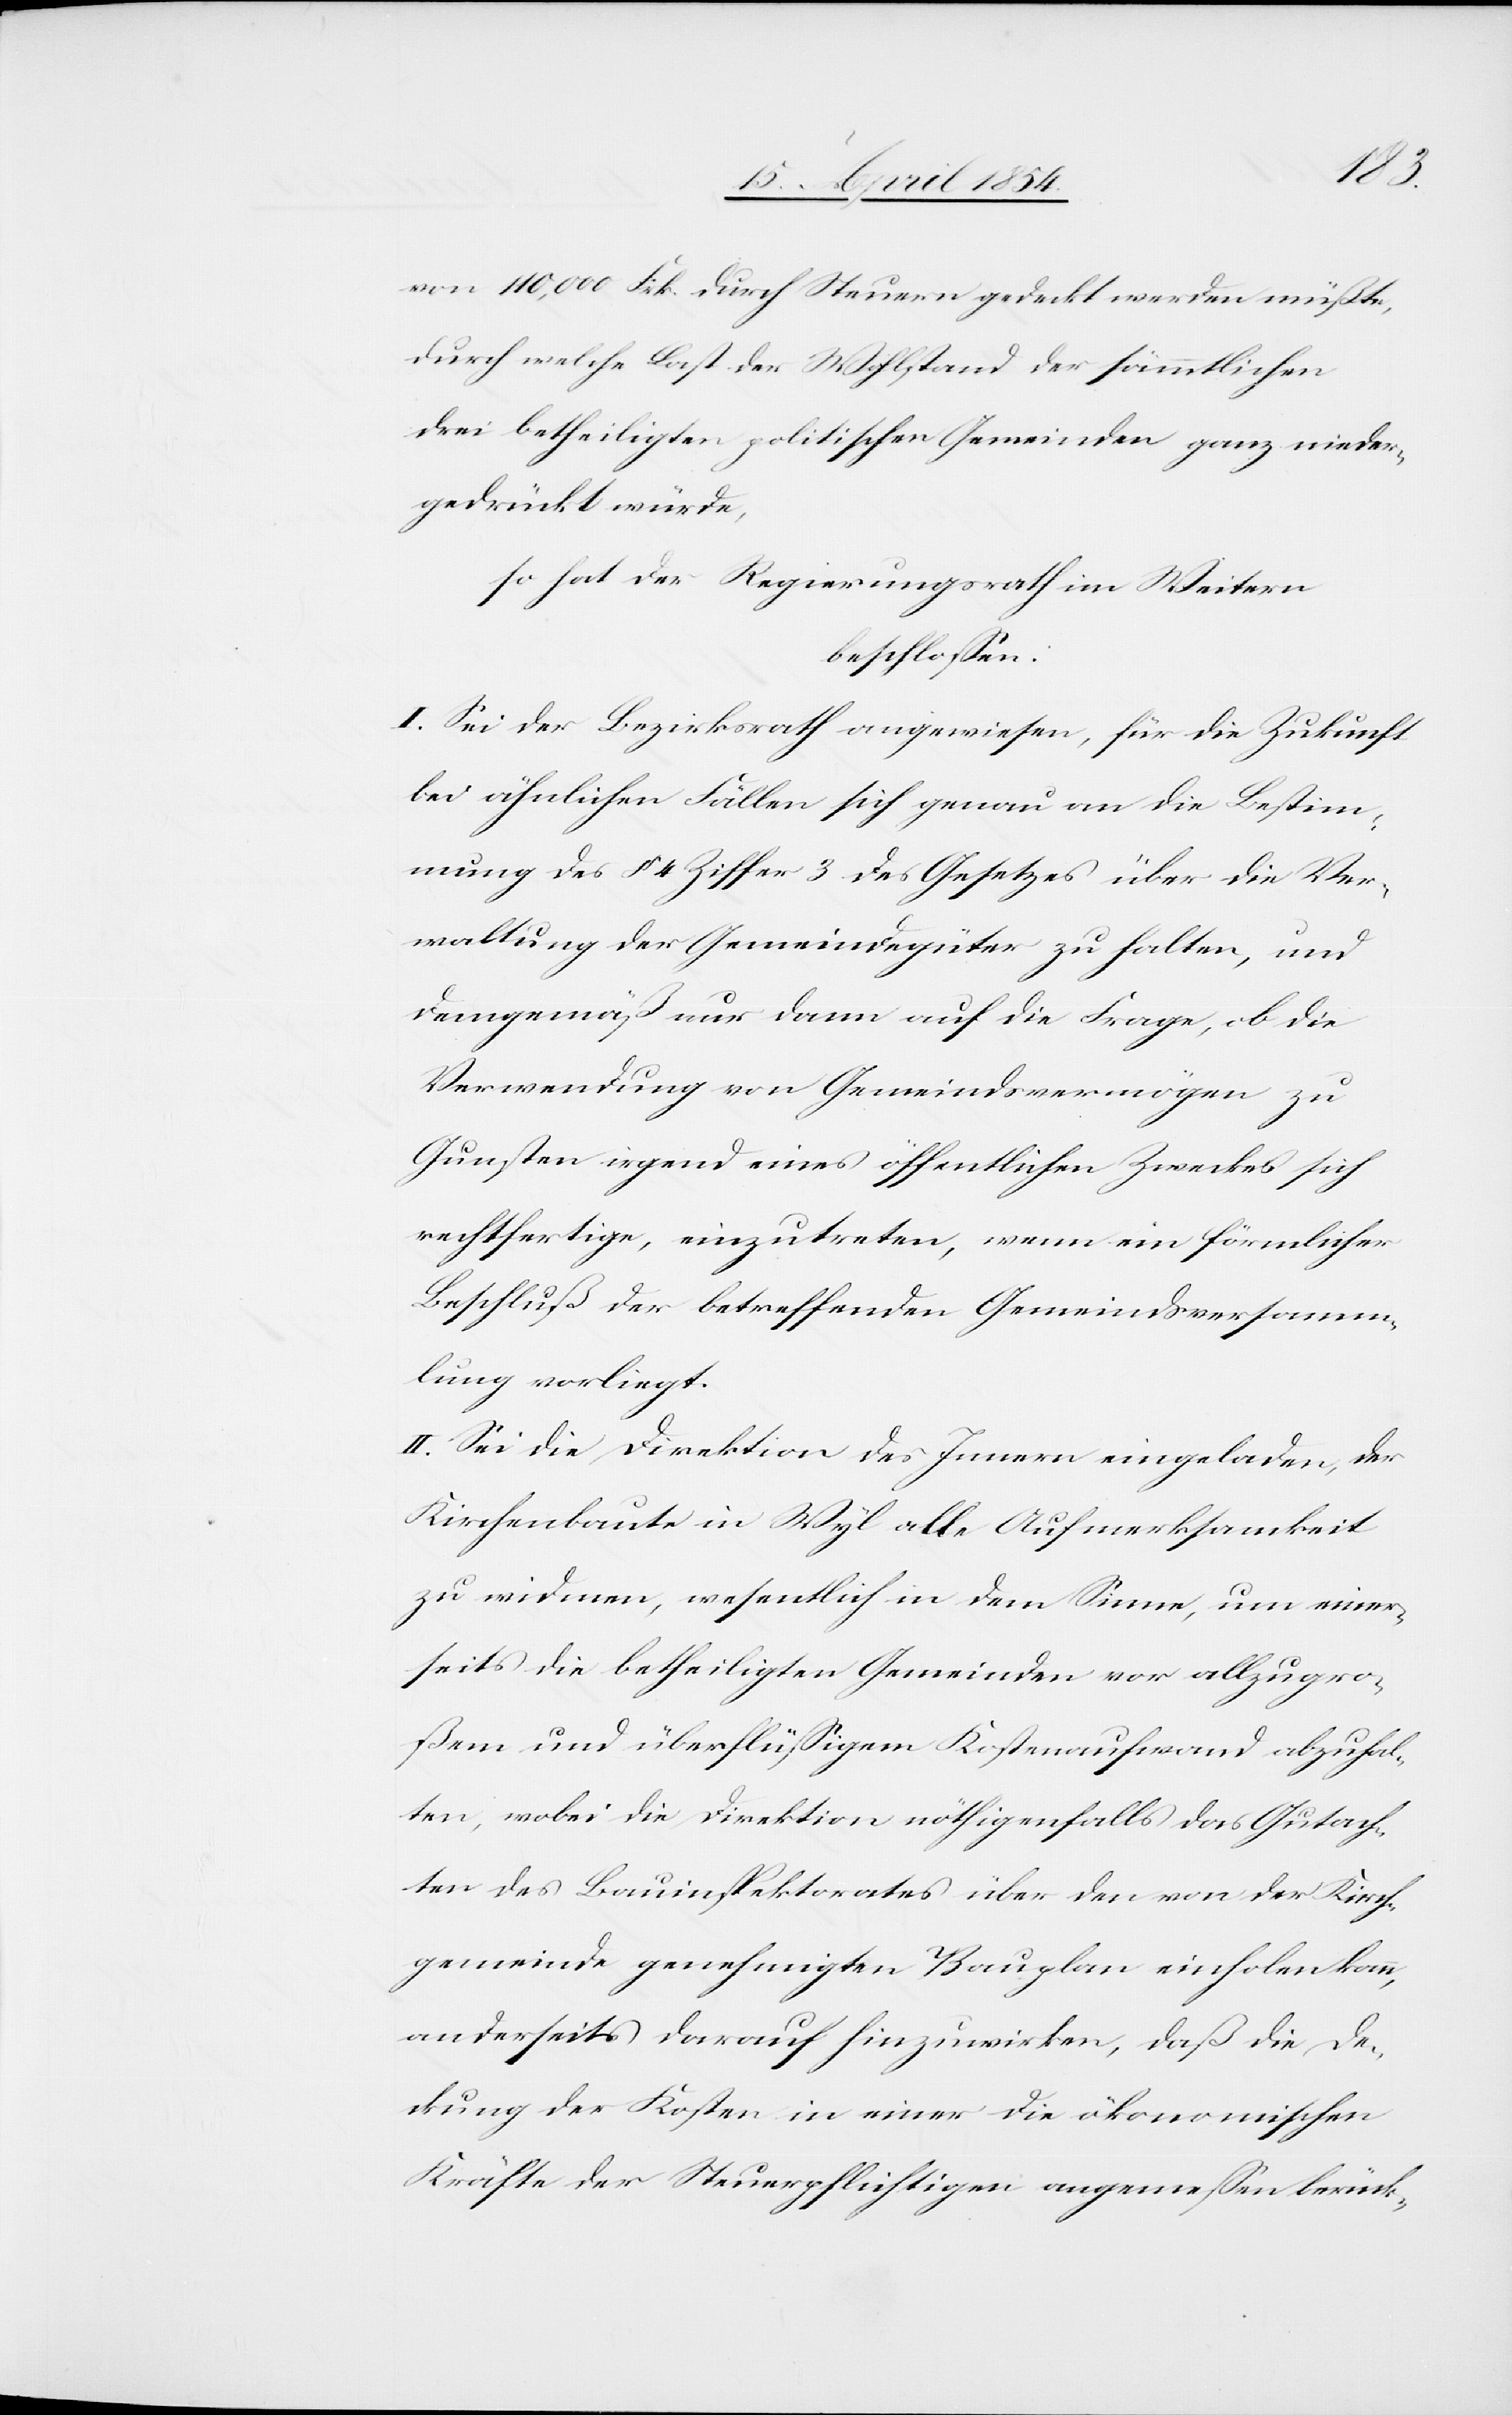
von 140,000 Frk. durch Steuern gedeckt werden müßte,
durch welche Last der Wohlstand der sämmtlichen
drei betheiligten politischen Gemeinden ganz nieder¬
gedrückt würde,
so hat der Regierungsrath im Weitern
beschloßen:
I. Sei der Bezirksrath angewiesen, für die Zukunft
bei ähnlichen Fällen sich genau an die Bestim¬
mung des § 4 Ziffer 3 des Gesetzes über die Ver¬
waltung der Gemeindegüter zu halten, und
demgemäß nur dann auf die Frage, ob die
Verwendung von Gemeindsvermögen zu
Gunsten irgend eines öffentlichen Zweckes sich
rechtfertige, einzutreten, wenn ein förmlicher
Beschluß der betreffenden Gemeindsversamm¬
lung vorliegt.
II. Sei die Direktion des Innern eingeladen, der
Kirchenbaute in Wyl alle Aufmerksamkeit
zu widmen, wesentlich in dem Sine, um einer¬
seits die betheiligten Gemeinden vor allzugro¬
ßem und überflüßigem Kostenaufwand abzuhal¬
ten, wobei die Direktion nöthigenfalls das Gutach¬
ten des Bauinspektorates über den von der Kirch¬
gemeinde genehmigten Bauplan einholen kann,
anderseits darauf hinzuwirken, daß die De¬
ckung der Kosten in einer die ökonomischen
Kräfte der Steuerpflichtigen angemeßen berück-